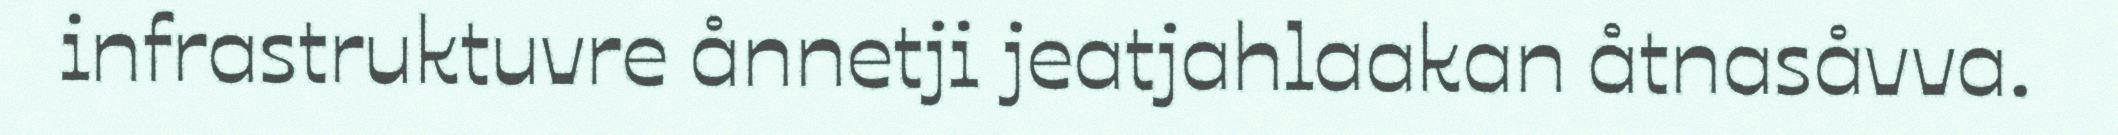
infrastruktuvre ånnetji jeatjahlaakan åtnasåvva.